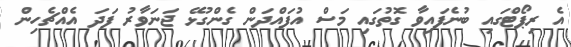
އެ ރިޕޯޓްގައި ބުނެފައިވާ ގޮތުގައި މަސް އުފައްދަން ގެންގުޅޭ ޖަނަވާރު ފަދަ އެއްޗެހިން